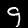
Label: 9